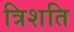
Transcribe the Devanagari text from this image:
त्रिशति